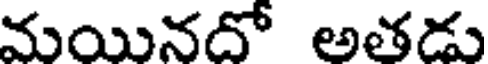
మయినదో అతడు